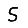
Digit: 5